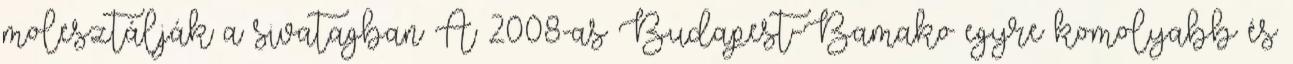
molesztálják a sivatagban A 2008-as Budapest-Bamako egyre komolyabb és